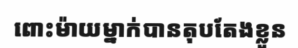
ពោះម៉ាយម្នាក់បានតុបតែងខ្លួន